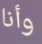
وأنا